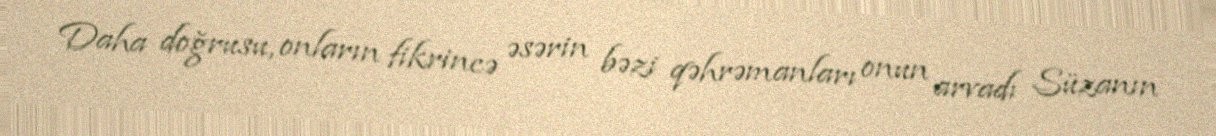
Daha doğrusu, onların fikrincə əsərin bəzi qəhrəmanları onun arvadı Süzanın